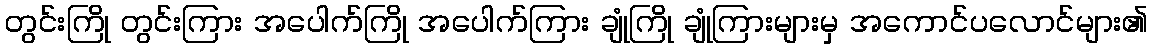
တွင်းကြို တွင်းကြား အပေါက်ကြို အပေါက်ကြား ချုံကြို ချုံကြားများမှ အကောင်ပလောင်များ၏